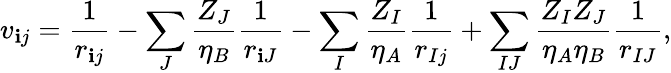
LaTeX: v_{\mathbf{i}j}=\frac{{1}}{{r_{\mathbf{i}j}}}-\sum_{J}\frac{{Z_{J}}}{{\eta_{B}}}\frac{{1}}{{r_{\mathbf{i}J}}}-\sum_{I}\frac{{Z_{I}}}{{\eta_{A}}}\frac{{1}}{{r_{Ij}}}+\sum_{IJ}\frac{{Z_{I}Z_{J}}}{{\eta_{A}\eta_{B}}}\frac{{1}}{{r_{IJ}}},